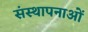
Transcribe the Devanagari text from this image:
संस्‍थापनाओं